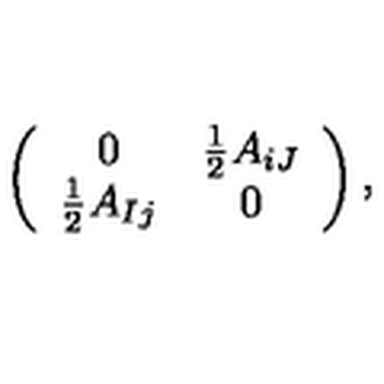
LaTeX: \left( \begin{array} { c c } { 0 } & { { \frac { 1 } { 2 } } A _ { i J } } \\ { { \frac { 1 } { 2 } } A _ { I j } } & { 0 } \\ \end{array} \right) ,